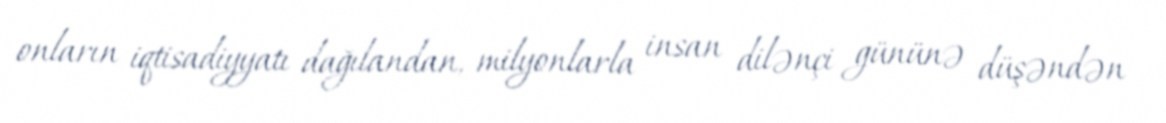
onların iqtisadiyyatı dağılandan, milyonlarla insan dilənçi gününə düşəndən